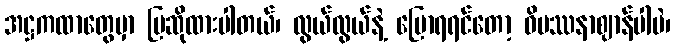
အဋ္ဌကထာတွေမှာ ပြဆိုထားပါတယ်၊ လွယ်လွယ်နဲ့ ပြောရရင်တော့ ဝိပဿနာဈာန်ပါပဲ၊